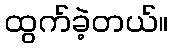
ထွက်ခဲ့တယ်။